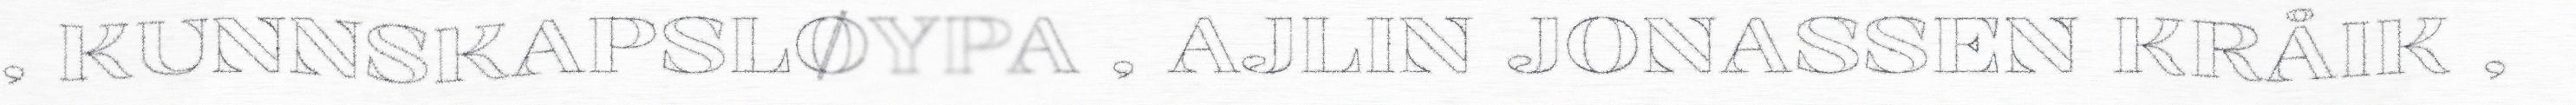
, KUNNSKAPSLØYPA , AJLIN JONASSEN KRÅIK ,